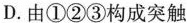
D.由①②③构成突触